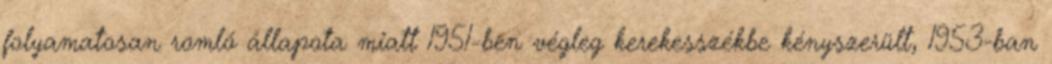
folyamatosan romló állapota miatt 1951-ben végleg kerekesszékbe kényszerült, 1953-ban